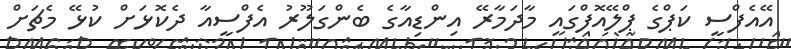
އޭއެފްސީ ކަޕްގެ ޕްލޭއޮފްގައި މާދަމާރޭ އިންޑިއާގެ ބެންގަލޫރު އެފްސީއާ ދެކޮޅަށް ކުޅޭ މެޗަށް